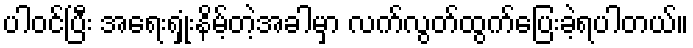
ပါဝင်ပြီး အရေးရှုံးနိမ့်တဲ့အခါမှာ လက်လွတ်ထွက်ပြေးခဲ့ရပါတယ်။